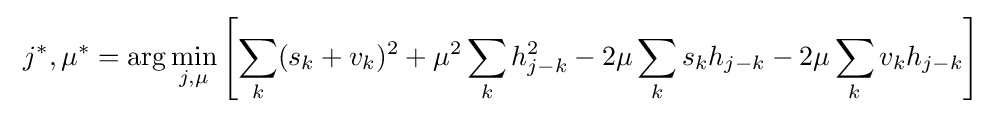
\ j^{*},\mu ^{*}=\arg \min _{j,\mu }\left[\sum _{k}(s_{k}+v_{k})^{2}+\mu ^{2}\sum _{k}h_{j-k}^{2}-2\mu \sum _{k}s_{k}h_{j-k}-2\mu \sum _{k}v_{k}h_{j-k}\right]